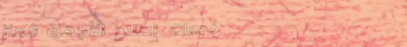
خدمات إصلاح الأجهزة المنز